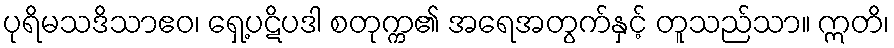
ပုရိမသဒိသာဧဝ၊ ရှေ့ပဋိပဒါ စတုက္က၏ အရေအတွက်နှင့် တူသည်သာ။ ဣတိ၊